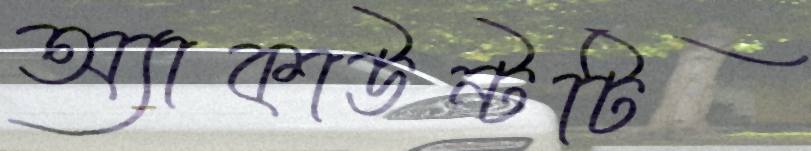
অ্যাকাউন্টটি